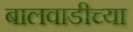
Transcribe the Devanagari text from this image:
बालवाडीच्या